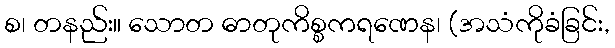
စ၊ တနည်း။ သောတ ဓာတုကိစ္စကရဏေန၊ (အသံကိုခံခြင်း,